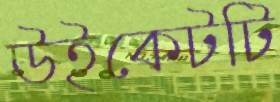
উইকেটটি